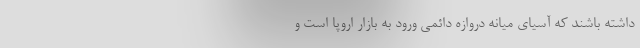
داشته باشند که آسیای میانه دروازه دائمی ورود به بازار اروپا است و